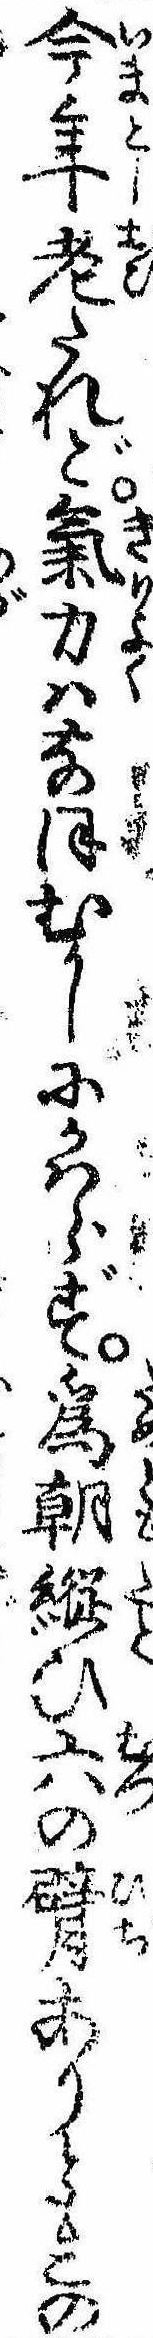
今年老たれど気力はなほむかしにかはらず為朝縦ひ六の臂ありともこの